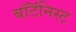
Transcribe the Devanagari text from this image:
बॉटॅनिस्ट